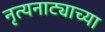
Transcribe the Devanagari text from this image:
नृत्यनाट्याच्या